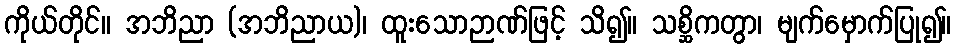
ကိုယ်တိုင်။ အဘိညာ (အဘိညာယ)၊ ထူးသောဉာဏ်ဖြင့် သိ၍။ သစ္ဆိကတွာ၊ မျက်မှောက်ပြု၍။